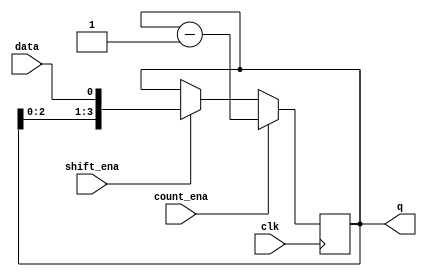
module top_module (
    input clk,
    input shift_ena,
    input count_ena,
    input data,
    output [3:0] q);
    always@(posedge clk)begin
        if(shift_ena) q <= {q[2:0],data};
        if(count_ena) q<=q-4'b1;
    end
endmodule